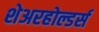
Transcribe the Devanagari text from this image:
शेअरहोल्डर्स